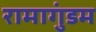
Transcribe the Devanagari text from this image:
रामागुंडम